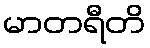
မာတရီတိ